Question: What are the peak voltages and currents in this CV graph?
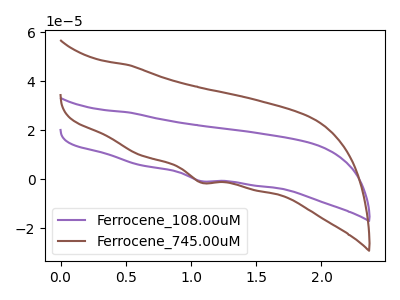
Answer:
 <answer>The purple curve "Ferrocene_108.00uM" has a cathodic peak at: (1.10V, -0.85uA). The brown curve "Ferrocene_745.00uM" has a cathodic peak at: (1.10V, -1.45uA).</answer>
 <eval></eval>